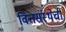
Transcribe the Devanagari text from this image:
वित्तसंस्थेची